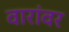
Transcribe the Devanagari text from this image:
वारांवर